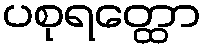
ပစုရတ္ထော